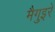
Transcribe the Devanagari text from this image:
मैगुइरे